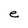
Character: e